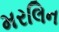
મરલિન